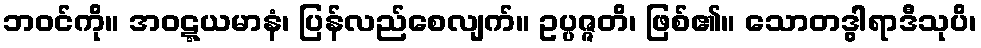
ဘဝင်ကို။ အဝဋ္ဋယမာနံ၊ ပြန်လည်စေလျက်။ ဥပ္ပဇ္ဇတိ၊ ဖြစ်၏။ သောတဒွါရာဒီသုပိ၊